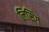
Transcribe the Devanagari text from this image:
लिसिंग